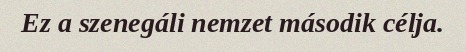
Ez a szenegáli nemzet második célja.